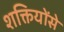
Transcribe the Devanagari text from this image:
शक्तियोंसे